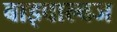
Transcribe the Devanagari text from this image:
बाइवाल्वज